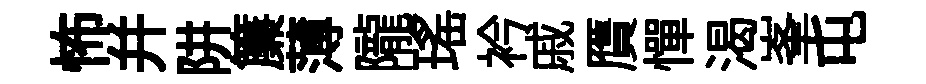
怖并阱簾薄隴瑤衿戚贋憚渴峯屯